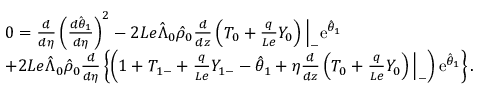
\begin{array} { r l } & { 0 = \frac { d } { d \eta } \left( \frac { d \hat { \theta } _ { 1 } } { d \eta } \right) ^ { 2 } - 2 L e \hat { \Lambda } _ { 0 } \hat { \rho } _ { 0 } \frac { d } { d z } \left( { T } _ { 0 } + \frac { q } { L e } { Y } _ { 0 } \right) \Big | _ { - } \mathrm { e } ^ { \hat { \theta } _ { 1 } } } \\ & { + 2 L e \hat { \Lambda } _ { 0 } \hat { \rho } _ { 0 } \frac { d } { d \eta } \left\{ \left( 1 + { T } _ { 1 - } + \frac { q } { L e } { Y } _ { 1 - } - \hat { \theta } _ { 1 } + \eta \frac { d } { d z } \left( { T } _ { 0 } + \frac { q } { L e } { Y } _ { 0 } \right) \Big | _ { - } \right) \mathrm { e } ^ { \hat { \theta } _ { 1 } } \right\} . } \end{array}